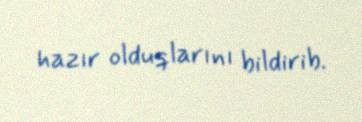
hazır olduqlarını bildirib.